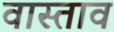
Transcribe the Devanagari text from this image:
वास्ताव